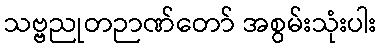
သဗ္ဗညုတဉာဏ်တော် အစွမ်းသုံးပါး